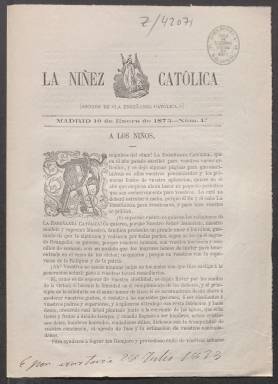
Título: La Niñez católica
Colección: Educación
Ámbito geográfico: Madrid
Lugar de publicación: Madrid
Fechas: 10/01/1873-20/04/1873